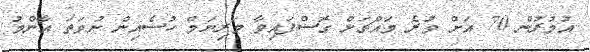
އުމުރުން 70 އަށް ވުރެ މައްޗަށް ގޮސްފައިވާ މަރިޔަމް ހުސެއިން ނުވަތަ އާންމު